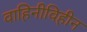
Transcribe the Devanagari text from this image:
वाहिनीविहीन